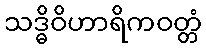
သဒ္ဓိဝိဟာရိကဝတ္တံ